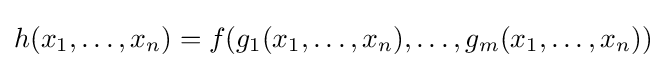
h(x_{1},\dots ,x_{n})=f(g_{1}(x_{1},\dots ,x_{n}),\dots ,g_{m}(x_{1},\dots ,x_{n}))